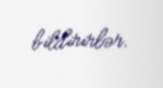
bildirirlər.